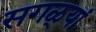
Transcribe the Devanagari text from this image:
सगळ्यां